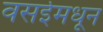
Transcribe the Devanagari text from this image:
वसईमधून